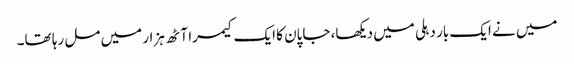
میں نے ایک بار دہلی میں دیکھا، جاپان کا ایک کیمرا آٹھ ہزار میں مل رہا تھا۔